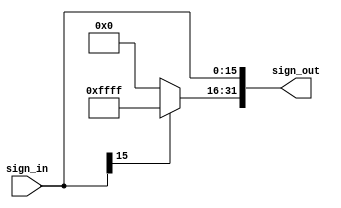
// Sign_Extend

module Sign_Extend ( sign_in,
					 sign_out);

	input  [15:0] sign_in;
	output [31:0] sign_out;

	assign sign_out[15:0] = sign_in[15:0];
	assign sign_out[31:16] = (sign_in[15] == 1)? 16'b1111_1111_1111_1111: 16'b0000_0000_0000_0000;

endmodule